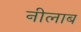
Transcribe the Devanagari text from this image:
नीलाब